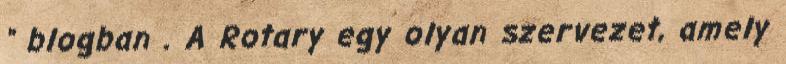
" blogban . A Rotary egy olyan szervezet, amely